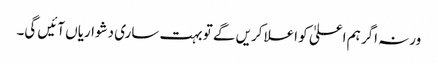
ورنہ اگر ہم اعلیٰ کو اعلا کریں گے تو بہت ساری دشواریاں آئیں گی۔